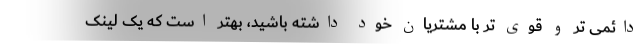
دائمی تر و قوی تر با مشتریان خود داشته باشید، بهتر است که یک لینک